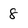
Character: 8